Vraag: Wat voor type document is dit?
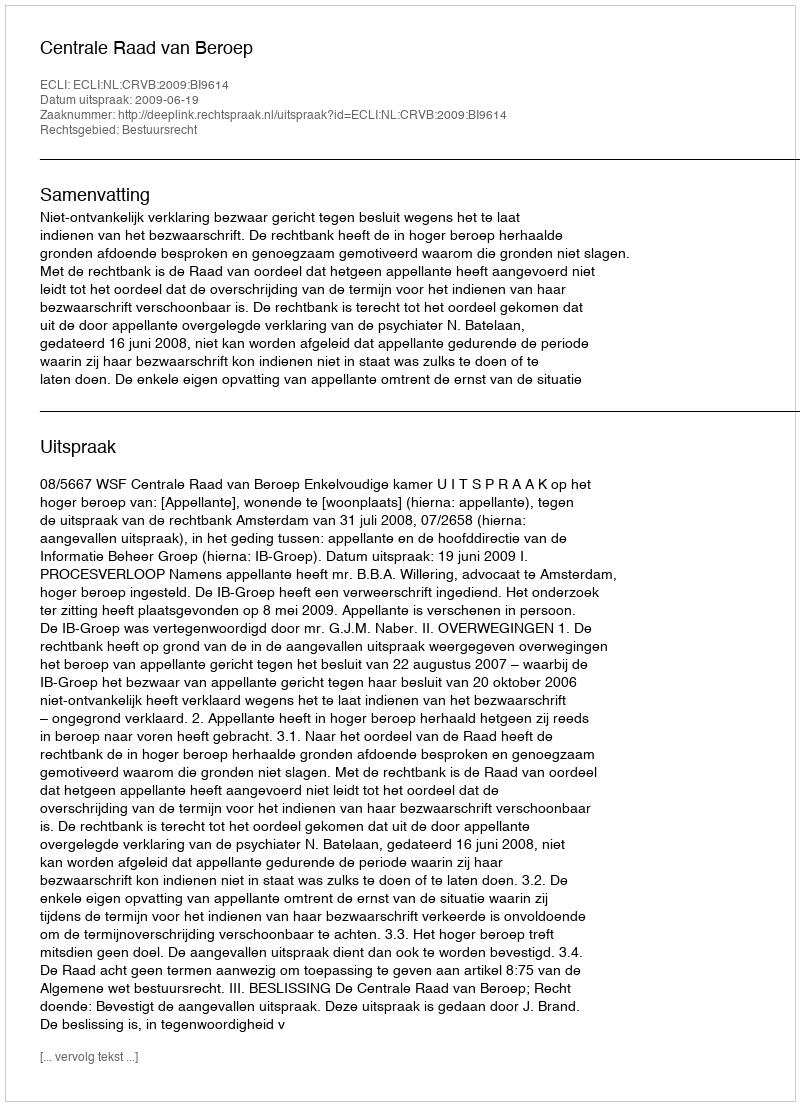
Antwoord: Uitspraak